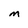
Character: m